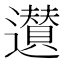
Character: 𨘧